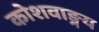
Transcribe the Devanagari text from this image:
कोशवाङ्मय